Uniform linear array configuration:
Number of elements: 24
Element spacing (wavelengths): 0.5
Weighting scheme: cosine
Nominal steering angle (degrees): -15
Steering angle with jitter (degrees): -13.844
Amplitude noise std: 0.05
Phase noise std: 0.05

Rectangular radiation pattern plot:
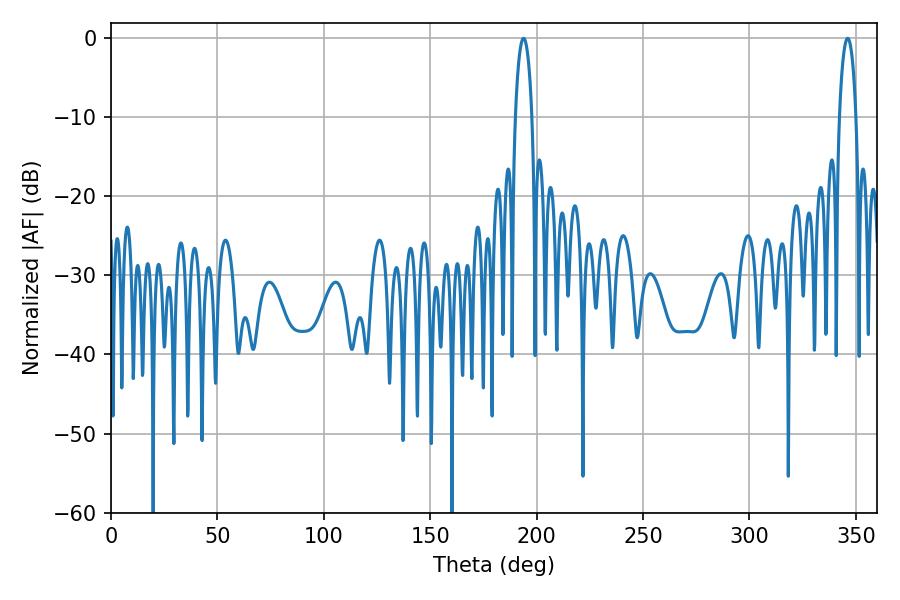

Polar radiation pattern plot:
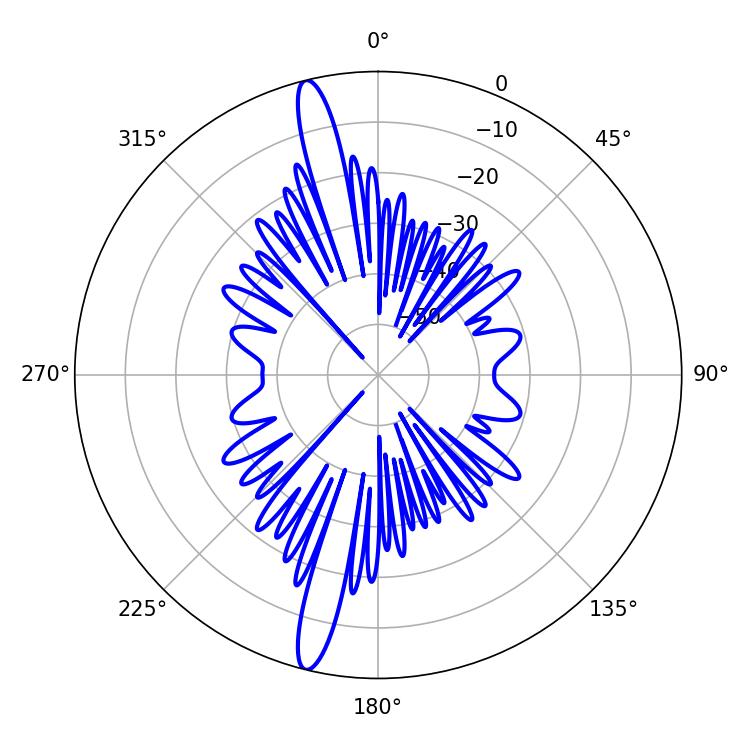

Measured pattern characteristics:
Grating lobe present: FALSE
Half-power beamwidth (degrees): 4.32
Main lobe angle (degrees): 193.86